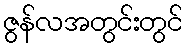
ဇွန်လအတွင်းတွင်